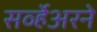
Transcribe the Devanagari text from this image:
सर्व्हेअरने